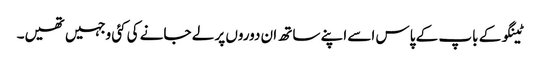
ٹینگو کے باپ کے پاس اسے اپنے ساتھ ان دوروں پر لے جانے کی کئی وجہیں تھیں۔